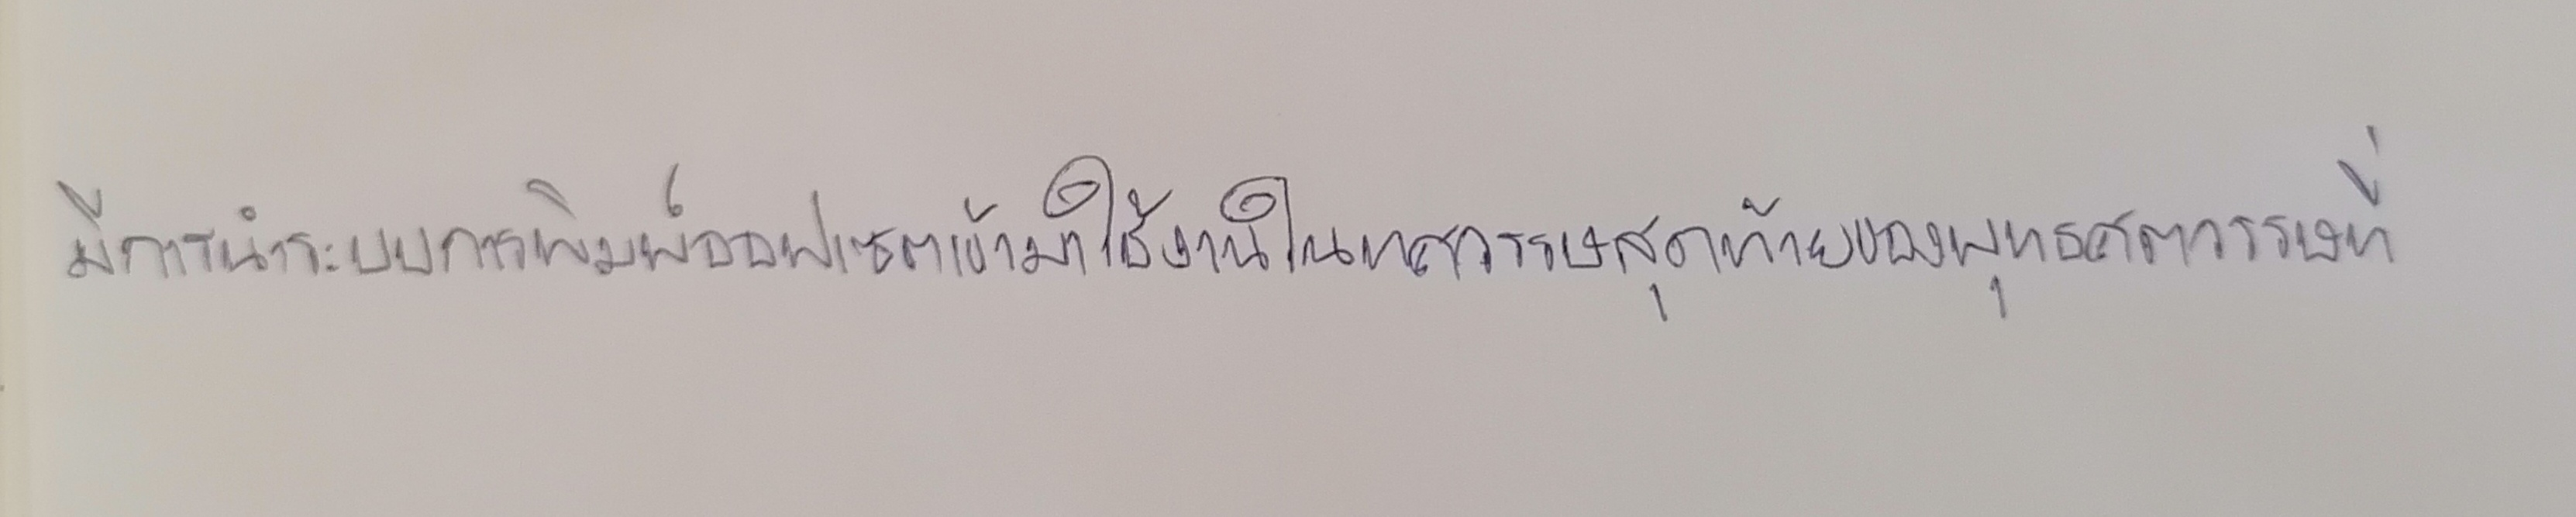
มีการนำระบบการพิมพ์ออฟเซตเข้ามาใช้งานในทศวรรษสุดท้ายของพุทธศตวรรษที่